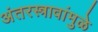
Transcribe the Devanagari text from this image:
अंतरस्त्रावांमुळे